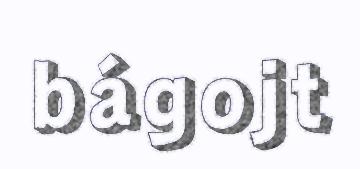
bágojt